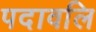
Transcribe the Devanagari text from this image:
पदावलि